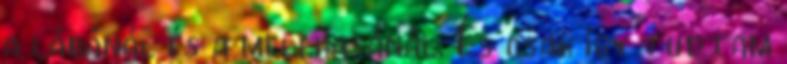
a lábánál és a mellkasánál. És csak így tudtam